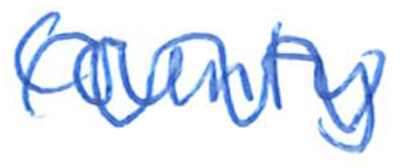
Text: County
Cross-out: wave
Writing tool: ballpoint